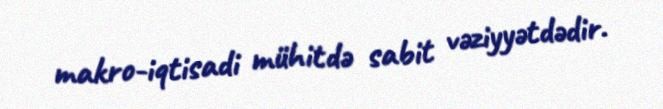
makro-iqtisadi mühitdə sabit vəziyyətdədir.